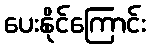
ပေးနိုင်ကြောင်း